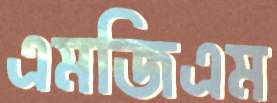
এমজিএম